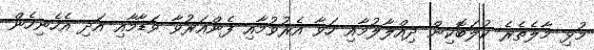
މުޅި މާލެތެރެ ކުލަބޮކިން ދިއްލާލުމާއި ހަވާ އެރުވުމާއި ފެންއަރުވާ ވަޑާމާއި އަދި އެހެނިހެން